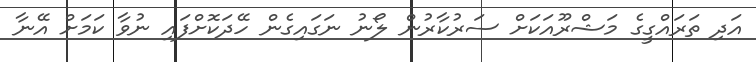
އަދި ތަރައްގީގެ މަޝްރޫއަކަށް ސަރުކާރުން ލޯނު ނަގައިގެން ހޭދަކޮށްފައި ނުވާ ކަމަށް އޭނާ